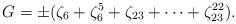
LaTeX: \begin{align*}G=\pm(\zeta_{6}+\zeta_{6}^{5}+\zeta_{23}+\cdots+\zeta_{23}^{22}).\end{align*}